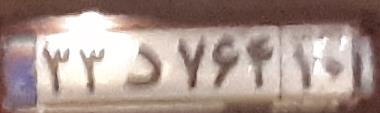
۳۲د۷۶۴۱۰